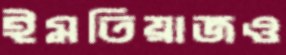
ইমতিয়াজও